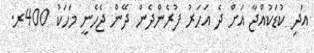
އަދި ކުޑަކުއްޖާ އަށް ދެ އަހަރު ފުރެންދެން ދޭން ޖެހެނީ މަހަކު 400ރ.